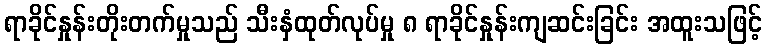
ရာခိုင်နှုန်းတိုးတက်မှုသည် သီးနှံထုတ်လုပ်မှု ၈ ရာခိုင်နှုန်းကျဆင်းခြင်း အထူးသဖြင့်